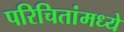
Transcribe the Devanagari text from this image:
परिचितांमध्ये